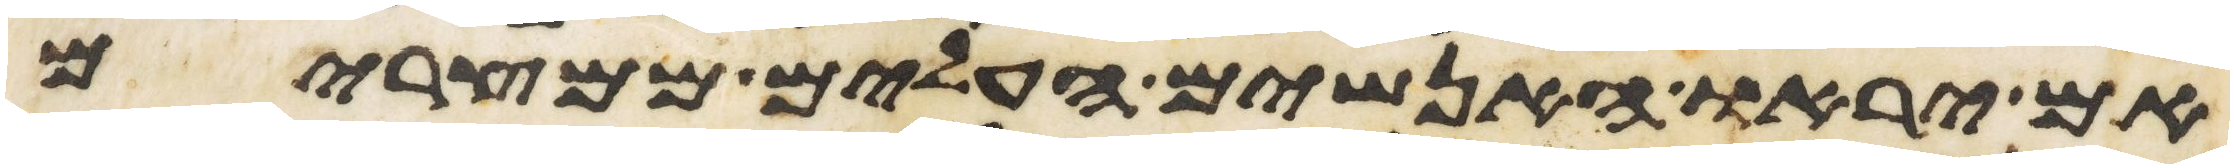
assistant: אם יראו האנשים העלים ממצרים